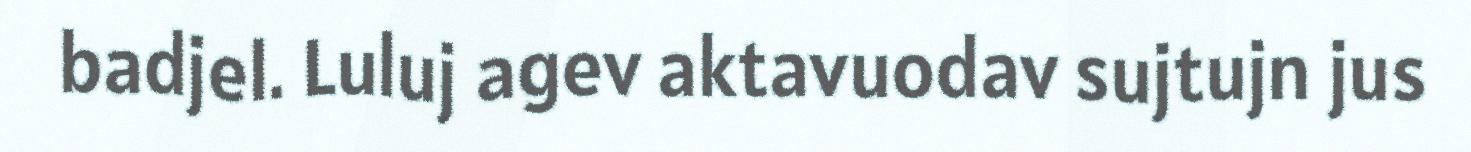
badjel. Luluj agev aktavuodav sujtujn jus